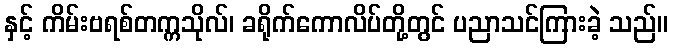
နှင့် ကိမ်းဗရစ်တက္ကသိုလ်၊ ခရိုက်ကောလိပ်တို့တွင် ပညာသင်ကြားခဲ့ သည်။